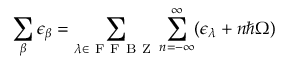
\sum _ { \beta } \epsilon _ { \beta } = \sum _ { \lambda \in \mathrm { ~ F ~ F ~ B ~ Z ~ } } \sum _ { n = - \infty } ^ { \infty } ( \epsilon _ { \lambda } + n \hbar \Omega )